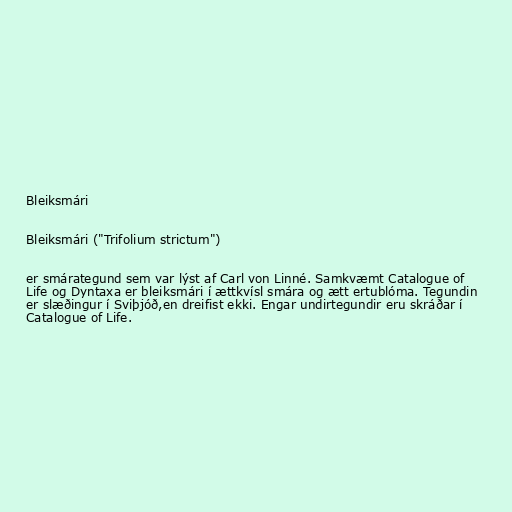
Bleiksmári

Bleiksmári ("Trifolium strictum")

er smárategund sem var lýst af Carl von Linné. Samkvæmt Catalogue of
Life og Dyntaxa er bleiksmári í ættkvísl smára og ætt ertublóma. Tegundin
er slæðingur í Sviþjóð,en dreifist ekki. Engar undirtegundir eru skráðar í
Catalogue of Life.